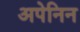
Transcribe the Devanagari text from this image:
अपेनिन